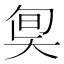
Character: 𡘬